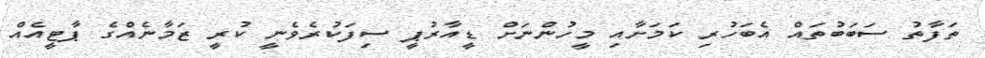
ތަފާތު ސަބަބުތައް އެބަހުރި ކަމަށާއި މީހުންނަށް ޑީއާރުޕީ ސިފަކުރެވެނީ ކުރީ ޒަމާނެއްގެ ޕާޓީއެއް